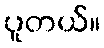
ပူတယ်။